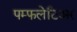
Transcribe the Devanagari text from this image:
पम्फलेटिअर